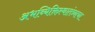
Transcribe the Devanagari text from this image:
अभव्यिक्तिस्वातंत्र्याचा